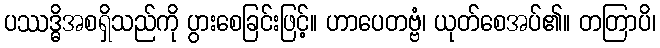
ပဿဒ္ဓိအစရှိသည်ကို ပွားစေခြင်းဖြင့်။ ဟာပေတဗ္ဗံ၊ ယုတ်စေအပ်၏။ တတြာပိ၊